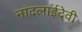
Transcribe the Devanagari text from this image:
नांदलाईदेवी